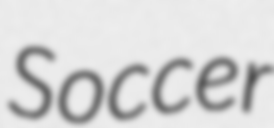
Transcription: Soccer